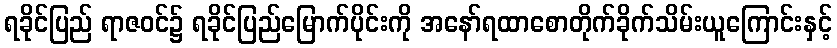
ရခိုင်ပြည် ရာဇဝင်၌ ရခိုင်ပြည်မြောက်ပိုင်းကို အနော်ရထာစောတိုက်ခိုက်သိမ်းယူကြောင်းနှင့်